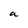
Character: a